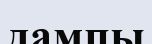
дампы